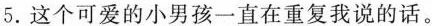
5.这个可爱的小男孩一直在重复我说的话。